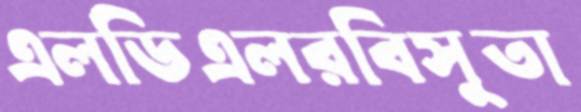
এলডিএলরবিসুতা